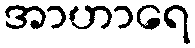
အာဟာရေ